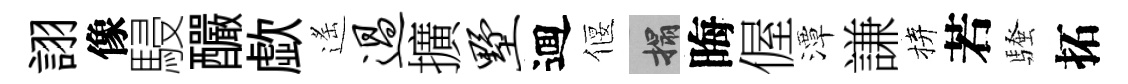
詡像駸釅歔遙过擴墅逥偃搨晦偓潭謙拚若騷拓